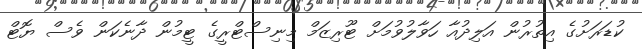
ކުޑަރަށުގެ އިތުރުން އަލިދުއާ ހަވާލުވުމަށް ޓޫރިޒަމް މިނިސްޓްރީގެ ޓީމުން ދާނެކަން ވެސް ޔޮޓް